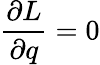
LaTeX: {\frac{\partial L}{\partial q}}=0